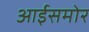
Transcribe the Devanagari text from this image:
आईसमोर